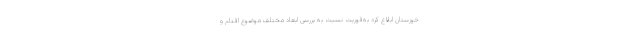
خوزستان ابلاغ کرد به‌فوریت نسبت به بررسی ابعاد مختلف موضوع اقدام و